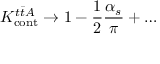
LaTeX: K _ { \mathrm { c o n t } } ^ { t \bar { t } A } \to 1 - \frac { 1 } { 2 } \frac { \alpha _ { s } } { \pi } + \ldots